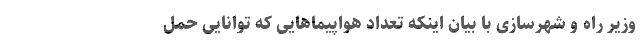
وزیر راه و شهرسازی با بیان اینکه تعداد هواپیماهایی که توانایی حمل